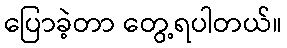
ပြောခဲ့တာ တွေ့ရပါတယ်။